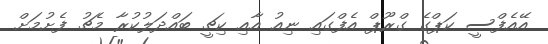
އޭއެފްސީ ކަޕްގެ ގްރޫޕް އެފްގައި ނިއު އާއި ކިޗީ ބައްދަލުކުރާ މެޗު ފެށުމަށް